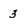
Character: 3